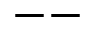
--